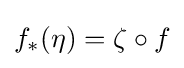
f_{*}(\eta )=\zeta \circ f